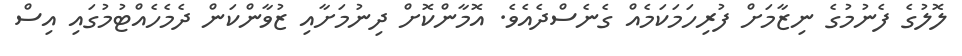
ލޮލުގެ ފެނުމުގެ ނިޒާމަށް ފުރިހަމަކަމެއް ގެނެސްދެއެވެ. އޮމާންކޮށް ދިނުމަށާއި ޒުވާންކަން ދެމެހެއްޓުމުގައި އިސް